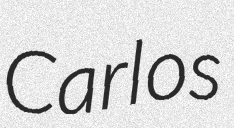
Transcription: Carlos